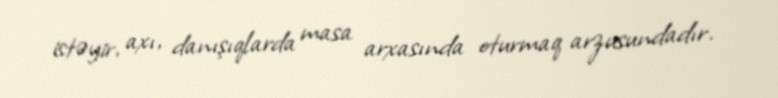
istəyir, axı, danışıqlarda masa arxasında oturmaq arzusundadır.